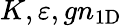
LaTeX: K,\varepsilon,gn_{\mathrm{1D}}